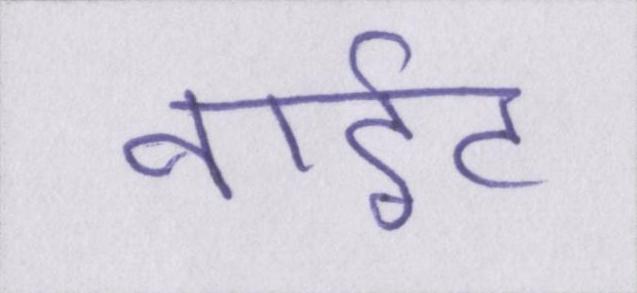
नाईट